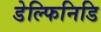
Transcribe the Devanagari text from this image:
डेल्फिनिडि